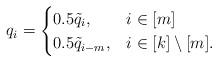
LaTeX: \begin{align*}q_i = \begin{cases} 0.5\tilde{q}_i, & i \in [m] \\0.5\tilde{q}_{i-m}, & i \in [k]\setminus [m]. \end{cases}\end{align*}